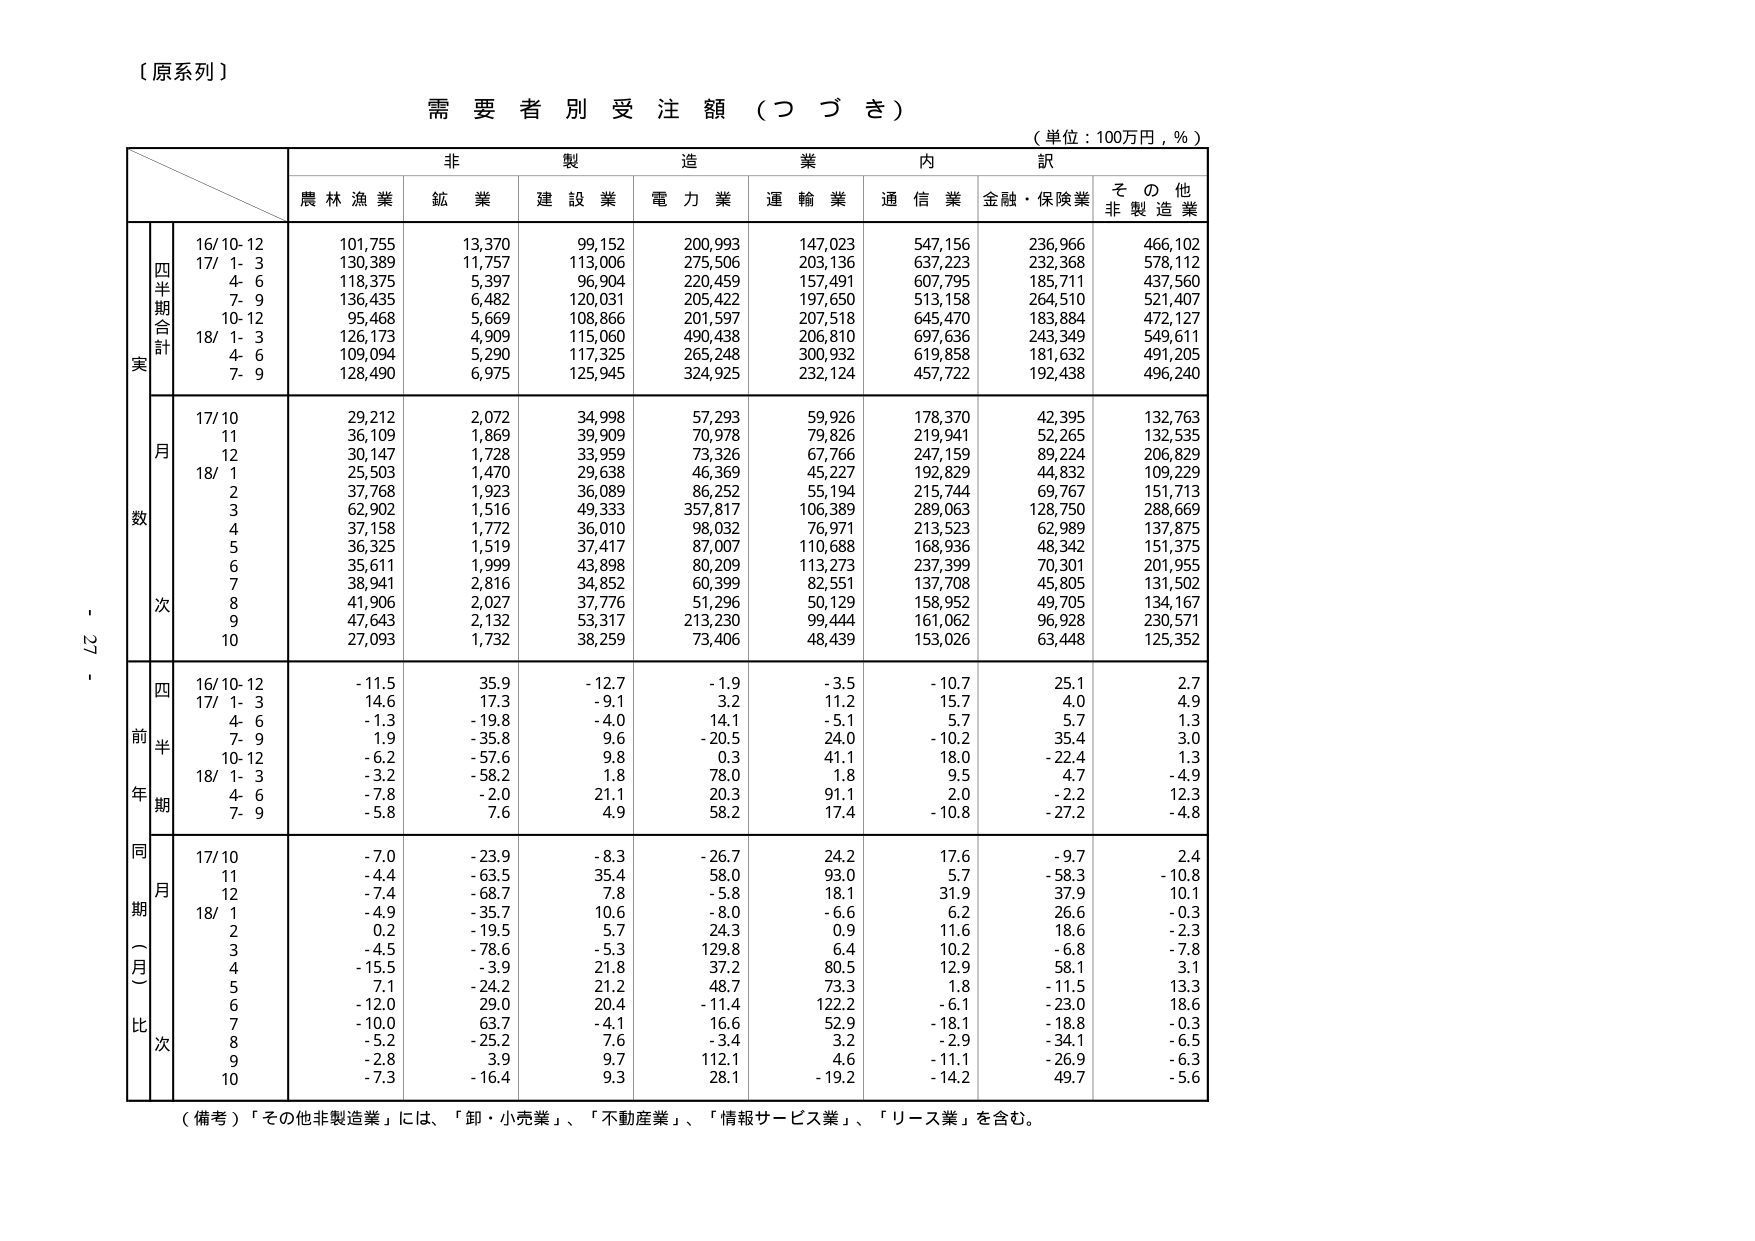
【原系列】

需要者別受注額（つづき）

（単位：100万円，％）

非製造業内訳
農林漁業　鉱業　建設業　電力業　運輸業　通信業　金融・保険業　その他非製造業

四半期合計
実
16/10-12　101,755　13,370　99,152　200,993　147,023　547,156　236,966　466,102
17/1-3　130,389　11,757　113,006　275,506　203,136　637,223　232,368　578,112
4-6　118,375　5,397　96,904　220,459　157,491　607,795　185,711　437,560
7-9　136,435　6,482　120,031　205,422　197,650　513,158　264,510　521,407
10-12　95,468　5,669　108,866　201,597　207,518　645,470　183,884　472,127
18/1-3　126,173　4,909　115,060　490,438　206,810　697,636　243,349　549,611
4-6　109,094　5,290　117,325　265,248　300,932　619,858　181,632　491,205
7-9　128,490　6,975　125,945　324,925　232,124　457,722　192,438　496,240

月数
17/10　29,212　2,072　34,998　57,293　59,926　178,370　42,395　132,763
11　36,109　1,869　39,909　70,978　79,826　219,941　52,265　132,535
12　30,147　1,728　33,959　73,326　67,766　247,159　89,224　206,829
18/1　25,503　1,470　29,638　46,369　45,227　192,829　44,832　109,229
2　37,768　1,923　36,089　86,252　55,194　215,744　69,767　151,713
3　62,902　1,516　49,333　357,817　106,389　289,063　128,750　288,669
4　37,158　1,772　36,010　98,032　76,971　213,523　62,989　137,875
5　36,325　1,519　37,417　87,007　110,688　168,936　48,342　151,375
6　35,611　1,999　43,898　80,209　113,273　237,399　70,301　201,955
7　38,941　2,816　34,852　60,399　82,551　137,708　45,805　131,502
8　41,906　2,027　37,776　51,296　50,129　158,952　49,705　134,167
9　47,643　2,132　53,317　213,230　99,444　161,062　96,928　230,571
10　27,093　1,732　38,259　73,406　48,439　153,026　63,448　125,352

四半期
前年
16/10-12　-11.5　35.9　-12.7　-1.9　-3.5　-10.7　25.1　2.7
17/1-3　14.6　17.3　-9.1　3.2　11.2　15.7　4.0　4.9
4-6　-1.3　-19.8　-4.0　14.1　-5.1　5.7　5.7　1.3
7-9　1.9　-35.8　9.6　-20.5　24.0　-10.2　35.4　3.0
10-12　-6.2　-57.6　9.8　0.3　41.1　18.0　-22.4　1.3
18/1-3　-3.2　-58.2　1.8　78.0　1.8　9.5　4.7　-4.9
4-6　-7.8　-2.0　21.1　20.3　91.1　2.0　-2.2　12.3
7-9　-5.8　7.6　4.9　58.2　17.4　-10.8　-27.2　-4.8

同期（一月）比
17/10　-7.0　-23.9　-8.3　-26.7　24.2　17.6　-9.7　2.4
11　-4.4　-63.5　35.4　58.0　93.0　5.7　-58.3　-10.8
12　-7.4　-68.7　7.8　-5.8　18.1　31.9　37.9　10.1
18/1　-4.9　-35.7　10.6　-8.0　-6.6　6.2　26.6　-0.3
2　0.2　-19.5　5.7　24.3　0.9　11.6　18.6　-2.3
3　-4.5　-78.6　-5.3　129.8　6.4　10.2　-6.8　-7.8
4　-15.5　-3.9　21.8　37.2　80.5　12.9　58.1　3.1
5　7.1　-24.2　21.2　48.7　73.3　1.8　-11.5　13.3
6　-12.0　29.0　20.4　-11.4　122.2　-6.1　-23.0　18.6
7　-10.0　63.7　-4.1　16.6　52.9　-18.1　-18.8　-0.3
8　-5.2　-25.2　7.6　-3.4　3.2　-2.9　-34.1　-6.5
9　-2.8　3.9　9.7　112.1　4.6　-11.1　-26.9　-6.3
10　-7.3　-16.4　9.3　28.1　-19.2　-14.2　49.7　-5.6

（備考）「その他非製造業」には、「卸・小売業」、「不動産業」、「情報サービス業」、「リース業」を含む。